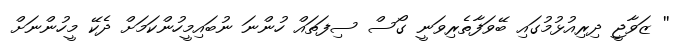
'' ޒަވާޖީ ދިރިއުޅުމުގައި ބޭވަފާތެރިވަނީ ގޯސް ސިފަތައް ހުންނަ ނުބައިމީހުންކަމަށް ދެކޭ މީހުންނަށް